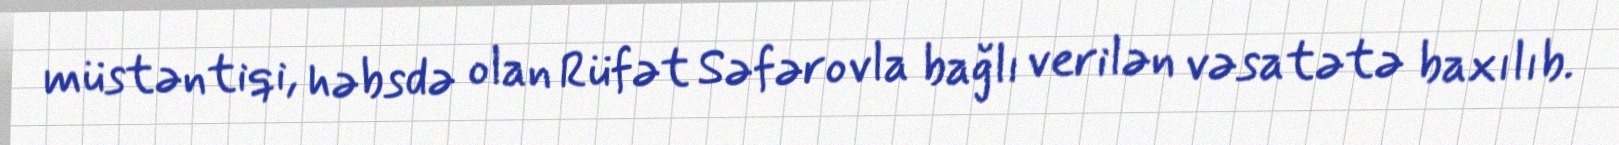
müstəntiqi, həbsdə olan Rüfət Səfərovla bağlı verilən vəsatətə baxılıb.